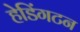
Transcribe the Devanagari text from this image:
हेडिंगटन